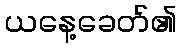
ယနေ့ခေတ်၏